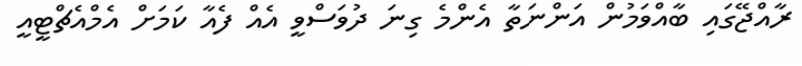
ރާއްޖޭގައި ބާއްވަމުން އަންނަތާ އެންމެ ގިނަ ދުވަސްވީ އެއް ފެއާ ކަމަށް އެމްއެޗްޓީއީ